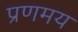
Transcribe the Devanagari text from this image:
प्रणमय